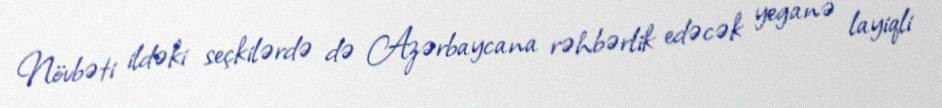
Növbəti ildəki seçkilərdə də Azərbaycana rəhbərlik edəcək yeganə layiqli